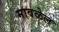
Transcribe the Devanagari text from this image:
मावळेल